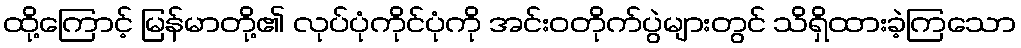
ထို့ကြောင့် မြန်မာတို့၏ လုပ်ပုံကိုင်ပုံကို အင်းဝတိုက်ပွဲများတွင် သိရှိထားခဲ့ကြသော